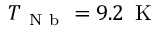
T _ { \mathrm { ~ N ~ b ~ } } = 9 . 2 { \ensuremath { \, \mathrm { ~ K ~ } } }